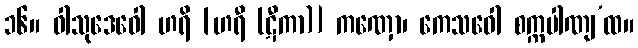
၁၆။ ဝါသုဒေဝေါ ဟရိ [ဟရီ (ဋီကာ)] ကဏှော၊ ကေသဝေါ စက္ကပါဏျ’ထ။